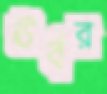
ঊর্বর